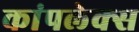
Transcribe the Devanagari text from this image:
कांपलेक्स